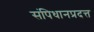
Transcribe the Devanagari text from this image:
संपिधानप्रदत्त